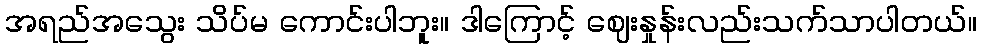
အရည်အသွေး သိပ်မ ကောင်းပါဘူး။ ဒါကြောင့် ဈေးနှုန်းလည်းသက်သာပါတယ်။